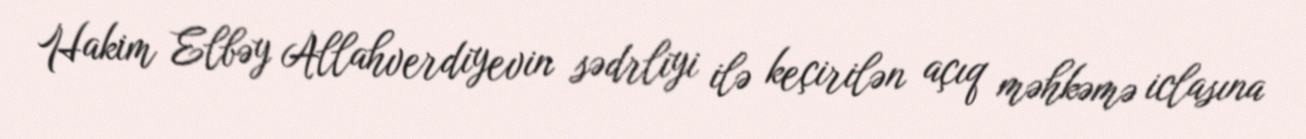
Hakim Elbəy Allahverdiyevin sədrliyi ilə keçirilən açıq məhkəmə iclasına